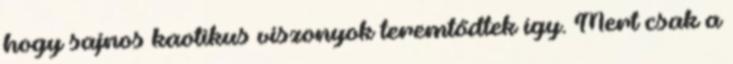
hogy sajnos kaotikus viszonyok teremtődtek így. Mert csak a